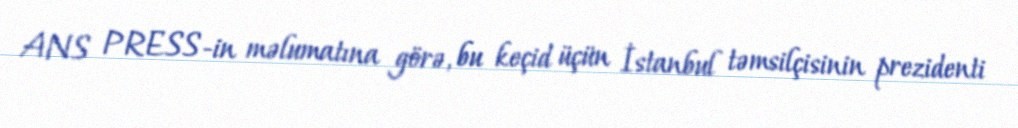
ANS PRESS-in məlumatına görə, bu keçid üçün İstanbul təmsilçisinin prezidenti